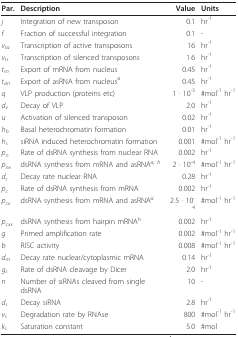
<table><thead><tr><td><b>Par.</b></td><td><b>Description</b></td><td><b>Value</b></td><td><b>Units</b></td></tr></thead><tbody><tr><td><i>j</i></td><td>Integration of new transposon</td><td>0.1</td><td>hr<sup>-1</sup></td></tr><tr><td><i>f</i></td><td>Fraction of successful integration</td><td>0.1</td><td>-</td></tr><tr><td><i>v<sub>ta</sub></i></td><td>Transcription of active transposons</td><td>16</td><td>hr<sup>-1</sup></td></tr><tr><td><i>v<sub>ts</sub></i></td><td>Transcription of silenced transposons</td><td>1.6</td><td>hr<sup>-1</sup></td></tr><tr><td><i>t<sub>m</sub></i></td><td>Export of mRNA from nucleus</td><td>0.45</td><td>hr<sup>-1</sup></td></tr><tr><td><i>t<sub>an</sub></i></td><td>Export of asRNA from nucleus<i><sup>a</sup></i></td><td>0.45</td><td>hr<sup>-1</sup></td></tr><tr><td><i>q</i></td><td>VLP production (proteins etc)</td><td>1 · 10<sup>-5</sup></td><td>#mol<sup>-1 </sup>hr<sup>-1</sup></td></tr><tr><td><i>d<sub>v</sub></i></td><td>Decay of VLP</td><td>2.0</td><td>hr<sup>-1</sup></td></tr><tr><td><i>u</i></td><td>Activation of silenced transposon</td><td>0.02</td><td>hr<sup>-1</sup></td></tr><tr><td><i>h<sub>b</sub></i></td><td>Basal heterochromatin formation</td><td>0.01</td><td>hr<sup>-1</sup></td></tr><tr><td><i>h<sub>s</sub></i></td><td>siRNA induced heterochromatin formation</td><td>0.001</td><td>#mol<sup>-1 </sup>hr<sup>-1</sup></td></tr><tr><td><i>p<sub>n</sub></i></td><td>Rate of dsRNA synthesis from nuclear RNA</td><td>0.002</td><td>hr<sup>-1</sup></td></tr><tr><td><i>p<sub>nx</sub></i></td><td>dsRNA synthesis from mRNA and asRNA<i><sup>a, h</sup></i></td><td>2 · 10<sup>-4</sup></td><td>#mol<sup>-1 </sup>hr<sup>-1</sup></td></tr><tr><td><i>d<sub>r</sub></i></td><td>Decay rate nuclear RNA</td><td>0.28</td><td>hr<sup>-1</sup></td></tr><tr><td><i>p<sub>c</sub></i></td><td>Rate of dsRNA synthesis from mRNA</td><td>0.002</td><td>hr<sup>-1</sup></td></tr><tr><td><i>p<sub>cx</sub></i></td><td>dsRNA synthesis from mRNA and asRNA<i><sup>a</sup></i></td><td>2.5 · 10<sup>-4</sup></td><td>#mol<sup>-1 </sup>hr<sup>-1</sup></td></tr><tr><td><i>p<sub>cxx</sub></i></td><td>dsRNA synthesis from hairpin mRNA<i><sup>h</sup></i></td><td>0.002</td><td>hr<sup>-1</sup></td></tr><tr><td><i>g</i></td><td>Primed amplification rate</td><td>0.002</td><td>#mol<sup>-1 </sup>hr<sup>-1</sup></td></tr><tr><td><i>b</i></td><td>RISC activity</td><td>0.008</td><td>#mol<sup>-1 </sup>hr<sup>-1</sup></td></tr><tr><td><i>d<sub>m</sub></i></td><td>Decay rate nuclear/cytoplasmic mRNA</td><td>0.14</td><td>hr<sup>-1</sup></td></tr><tr><td><i>g<sub>s</sub></i></td><td>Rate of dsRNA cleavage by Dicer</td><td>2.0</td><td>hr<sup>-1</sup></td></tr><tr><td><i>n</i></td><td>Number of siRNAs cleaved from single dsRNA</td><td>10</td><td>-</td></tr><tr><td><i>d<sub>s</sub></i></td><td>Decay siRNA</td><td>2.8</td><td>hr<sup>-1</sup></td></tr><tr><td><i>v<sub>s</sub></i></td><td>Degradation rate by RNAse</td><td>800</td><td>#mol<sup>-1 </sup>hr<sup>-1</sup></td></tr><tr><td><i>k<sub>s</sub></i></td><td>Saturation constant</td><td>5.0</td><td>#mol</td></tr></tbody></table>